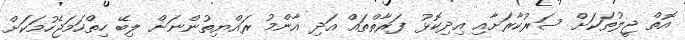
އޮތް ޖީލުތަކަށް ސަރުކާރަށާއި އިދިކޮޅު ފަރާތްތައް އަދި އާންމު ރައްޔިތުންނަށް ލިބޭ ހިތްހަމަޖެހުމަކަށް